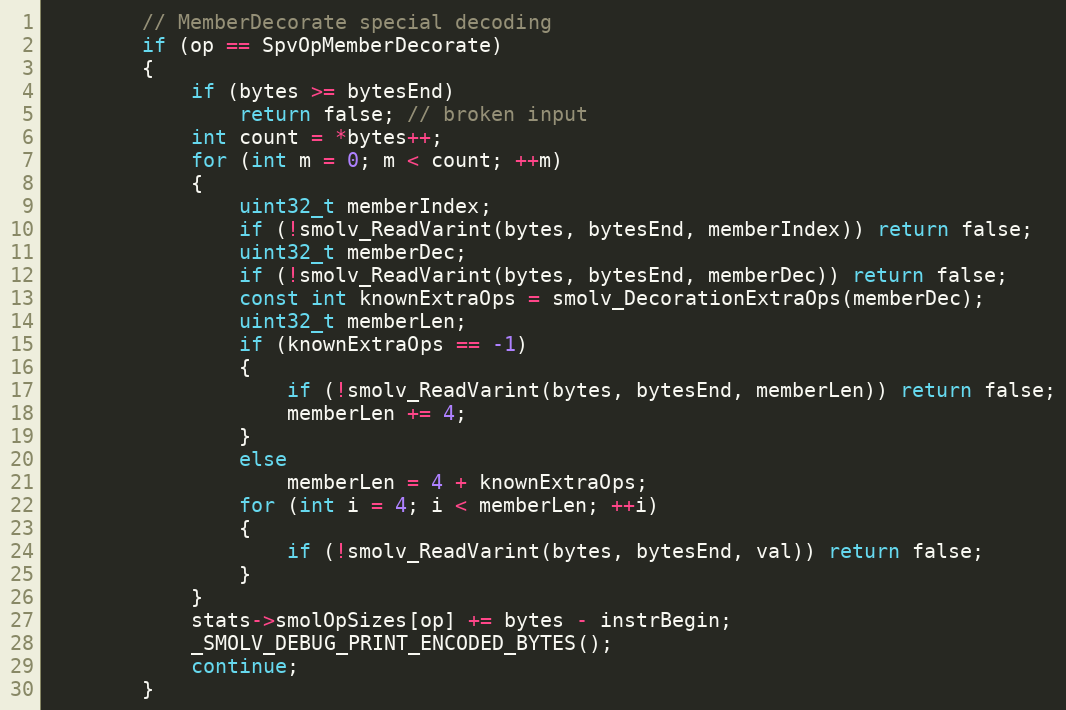
Language: C++
		// MemberDecorate special decoding
		if (op == SpvOpMemberDecorate)
		{
			if (bytes >= bytesEnd)
				return false; // broken input
			int count = *bytes++;
			for (int m = 0; m < count; ++m)
			{
				uint32_t memberIndex;
				if (!smolv_ReadVarint(bytes, bytesEnd, memberIndex)) return false;
				uint32_t memberDec;
				if (!smolv_ReadVarint(bytes, bytesEnd, memberDec)) return false;
				const int knownExtraOps = smolv_DecorationExtraOps(memberDec);
				uint32_t memberLen;
				if (knownExtraOps == -1)
				{
					if (!smolv_ReadVarint(bytes, bytesEnd, memberLen)) return false;
					memberLen += 4;
				}
				else
					memberLen = 4 + knownExtraOps;
				for (int i = 4; i < memberLen; ++i)
				{
					if (!smolv_ReadVarint(bytes, bytesEnd, val)) return false;
				}
			}
			stats->smolOpSizes[op] += bytes - instrBegin;
			_SMOLV_DEBUG_PRINT_ENCODED_BYTES();
			continue;
		}